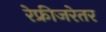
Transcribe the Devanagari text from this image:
रेफ्रीजरेतर